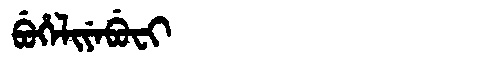
Manchu: ᠪᡠᡥᡝᠯᡳᠶᡝᠪᡠᠸᡳ
Romanization: BUHELIYEBUFI